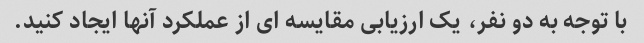
با توجه به دو نفر، یک ارزیابی مقایسه ای از عملکرد آنها ایجاد کنید.